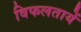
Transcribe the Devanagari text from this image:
विफलतायें